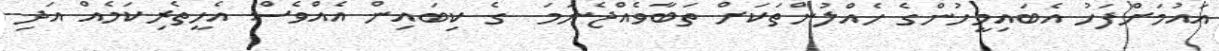
އައުމަށްފަހު އެބައިމީހުންގެ ހެއްލުންތަކަށް ތަބާވެއްޖެނަމަ  ގެ ކިބައިން އެއްވެސް އެހީތެރިކަމެއް އަދި